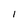
Character: I